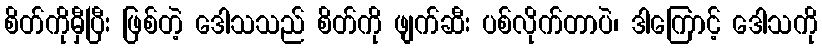
စိတ်ကိုမှီပြီး ဖြစ်တဲ့ ဒေါသသည် စိတ်ကို ဖျက်ဆီး ပစ်လိုက်တာပဲ၊ ဒါကြောင့် ဒေါသကို